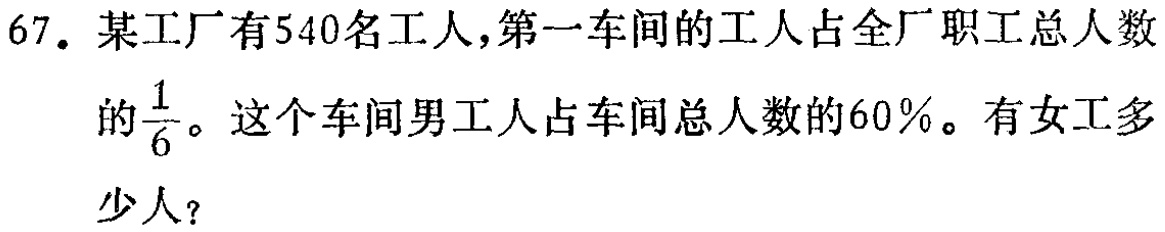
67. 某工厂有540名工人,第一车间的工人占全厂职工总人数

的$\frac{1}{6}$。这个车间男工人占车间总人数的60%。有女工多

少人?